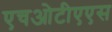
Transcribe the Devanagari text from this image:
एचओटीएएस